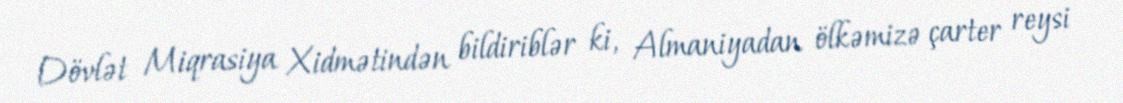
Dövlət Miqrasiya Xidmətindən bildiriblər ki, Almaniyadan ölkəmizə çarter reysi